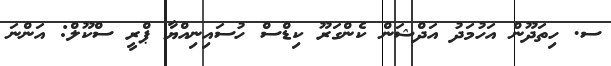
ސ. ހިތަދޫން އަހުމަދު އަދްޝަން ކެންގަރޫ ކިޑްސް ހުސައިނިއްޔާ ޕްރީ ސްކޫލް: އަންނަ